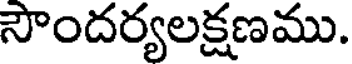
సౌందర్యలక్షణము.